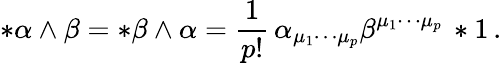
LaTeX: *\alpha\wedge\beta=*\beta\wedge\alpha=\frac{1}{p!}\, \alpha_{\mu_{1}\cdots\mu_{p}}\beta^{\mu_{1}\cdots\mu_{p}}\, *1\, .